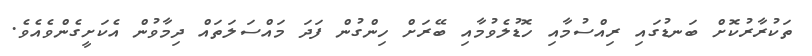
ތަކުރާރުކޮށް ބަނޑުގައި ރިއްސުމާއި ހޮޑުލެވުމާއި ބޭރަށް ހިންގުން ފަދަ މައްސަލަތައް ދިމާވުން އެކަށީގެންވެއެވެ.